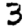
Digit: 3